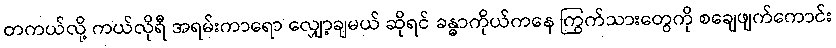
တကယ်လို့ ကယ်လိုရီ အရမ်းကာရော လျှော့ချမယ် ဆိုရင် ခန္ဓာကိုယ်ကနေ ကြွက်သားတွေကို စချေဖျက်ကောင်း